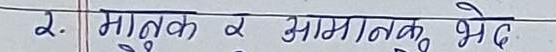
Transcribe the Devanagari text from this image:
२. मातृक र आनमानकु भेद